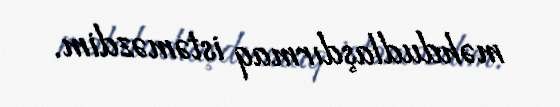
məhdudlaşdırmaq istəməzdim.